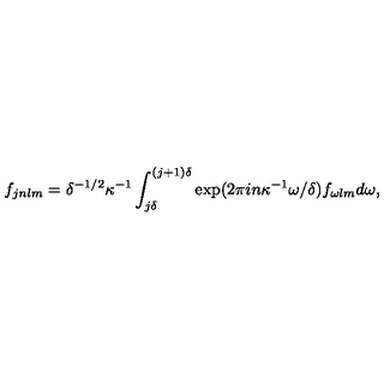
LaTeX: f _ { j n l m } = \delta ^ { - 1 / 2 } \kappa ^ { - 1 } \int _ { j \delta } ^ { ( j + 1 ) \delta } \exp ( 2 \pi i n \kappa ^ { - 1 } \omega / \delta ) f _ { \omega l m } d \omega ,